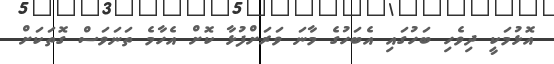
އޮޅުމަކީ ދިވެހި ބަހުގައި އެބަހުގެ މާނަ ވަރަށްފުޅާ ކޮށް އެހާމެ ތަނަވަސް ގޮތަކަށް